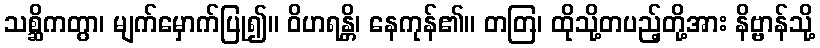
သစ္ဆိကတွာ၊ မျက်မှောက်ပြု၍။ ဝိဟရန္တိ၊ နေကုန်၏။ တတြ၊ ထိုသို့တပည့်တို့အား နိဗ္ဗာန်သို့